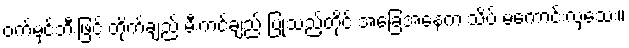
ဝက်မှင်ဘီးဖြင့် တိုက်ချည် မီးကင်ချည် ပြုသည့်တိုင် အခြေအနေက သိပ် မကောင်းလှသေး။